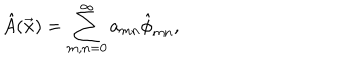
\hat { A } ( \vec { \bf x } ) = \sum _ { m , n = 0 } ^ { \infty } a _ { m n } \hat { \phi } _ { m n } ,